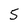
Character: 5